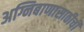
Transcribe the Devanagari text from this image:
अग्निबाणासाठीची